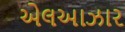
એલઆઝાર